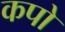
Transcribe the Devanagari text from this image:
कपो